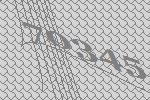
70345